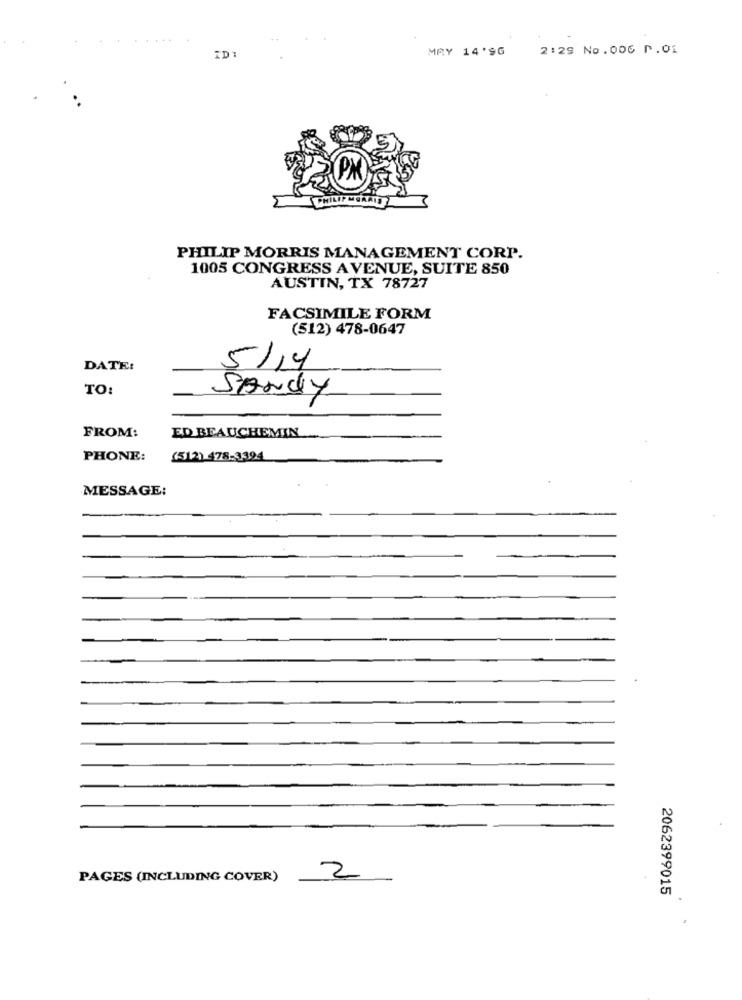
MAY 14'9G
2:29 No.006 P.01
ID
PHILIP MORRIS MANAGEMENT CORP.
1005 CONGRESS A VENUE, SUITE 850
AUSTIN, TX 78727
FACSIMILE FORM
(512) 478-0647
DATE:
5/14
TO:
SANDY
ED BEAUCHEMIN
FROM:
PHONE:
(512) 478-3394
MESSAGE:
PAGES (INCLUDING COVER)
2
2062399015